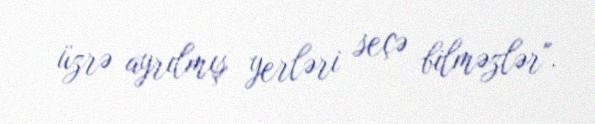
üzrə ayrılmış yerləri seçə bilməzlər".